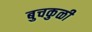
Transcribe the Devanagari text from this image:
बुचकुळी